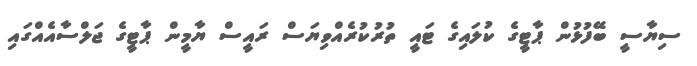
ސިޔާސީ ބޭފުޅުން ޕާޓީގެ ކުލައިގެ ޓައީ ތުރުކުރެއްވިޔަސް ރައީސް ޔާމީން ޕާޓީގެ ޖަލްސާއެއްގައި